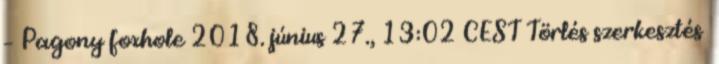
– Pagony foxhole 2018. június 27., 13:02 CEST Törlés szerkesztés